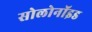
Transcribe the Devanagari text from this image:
सोलोनॉइड